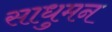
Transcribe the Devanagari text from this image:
साधुमन